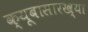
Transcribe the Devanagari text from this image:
क्यूबासारख्या